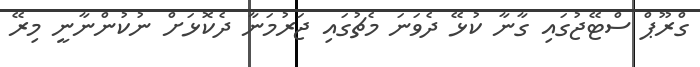
ގްރޫޕް ސްޓޭޖުގައި ގާނާ ކުޅޭ ދެވަނަ މެޗުގައި ޖަރުމަނާ ދެކޮޅަށް ނުކުންނާނީ މިރޭ